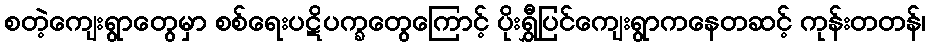
စတဲ့ကျေးရွာတွေမှာ စစ်ရေးပဋိပက္ခတွေကြောင့် ပိုးရွှီပြင်ကျေးရွာကနေတဆင့် ကုန်းတတန်၊